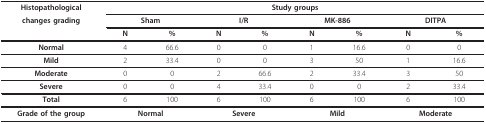
| Histopathological | <COLSPAN=8> Study groups |
 | changes grading | <COLSPAN=2> Sham | <COLSPAN=2> I/R | <COLSPAN=2> MK-886 | <COLSPAN=2> DITPA |
 |  | N | % | N | % | N | % | N | % |
 | --- | --- | --- | --- | --- | --- | --- | --- | --- |
 | Normal | 4 | 66.6 | 0 | 0 | 1 | 16.6 | 0 | 0 |
 | Mild | 2 | 33.4 | 0 | 0 | 3 | 50 | 1 | 16.6 |
 | Moderate | 0 | 0 | 2 | 66.6 | 2 | 33.4 | 3 | 50 |
 | Severe | 0 | 0 | 4 | 33.4 | 0 | 0 | 2 | 33.4 |
 | Total | 6 | 100 | 6 | 100 | 6 | 100 | 6 | 100 |
 | Grade of the group | <COLSPAN=2> Normal | <COLSPAN=2> Severe | <COLSPAN=2> Mild | <COLSPAN=2> Moderate |